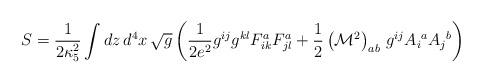
LaTeX: \begin{align*}S = \frac{1}{2\kappa_5^2} \int dz\,d^4x \,\sqrt{g}\left(\frac{1}{2e^2} g^{ij}g^{kl}F_{ik}^a F_{jl}^a+\frac{1}{2}\left({\cal M}^2\right)_{ab}\,g^{ij}A_i{}^a A_j{}^b\right)\end{align*}